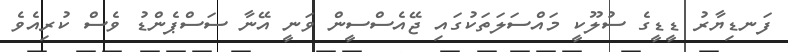
ފަނޑިޔާރު ޑީޑީގެ ސުލޫކީ މައްސަލަތަކުގައި ޖޭއެސްސީން ވަނީ އޭނާ ސަސްޕެންޑު ވެސް ކުރިއެވެ